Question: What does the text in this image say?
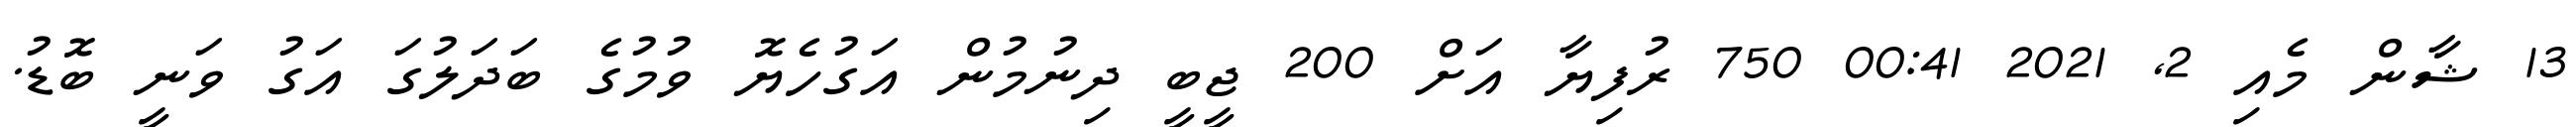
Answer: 13 ޝާން މެއި 2, 2021 00:41 750 ރުފިޔާ އަށް 200 ޖީބީ ދިނުމުން އަގުހެޔޮ ވުމުގެ ބަދަލުގަ އަގު ވަނީ ބޮޑު.